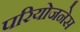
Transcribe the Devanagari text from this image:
परियोजनेस